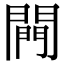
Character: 闁